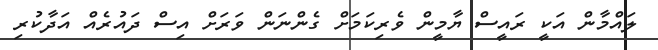
ލައްމާން އަކީ ރައީސް ޔާމީން ވެރިކަމަށް ގެންނަން ވަރަށް އިސް ދައުރެއް އަދާކުރި